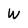
Character: W